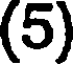
(5)